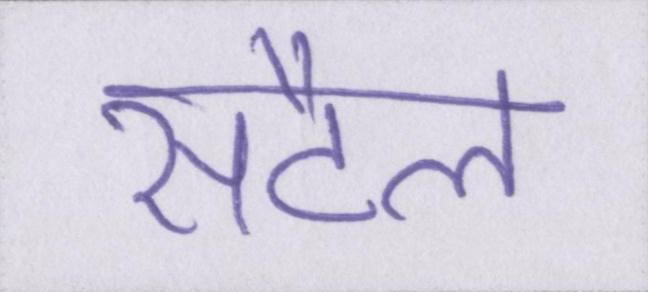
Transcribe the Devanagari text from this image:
सैटल